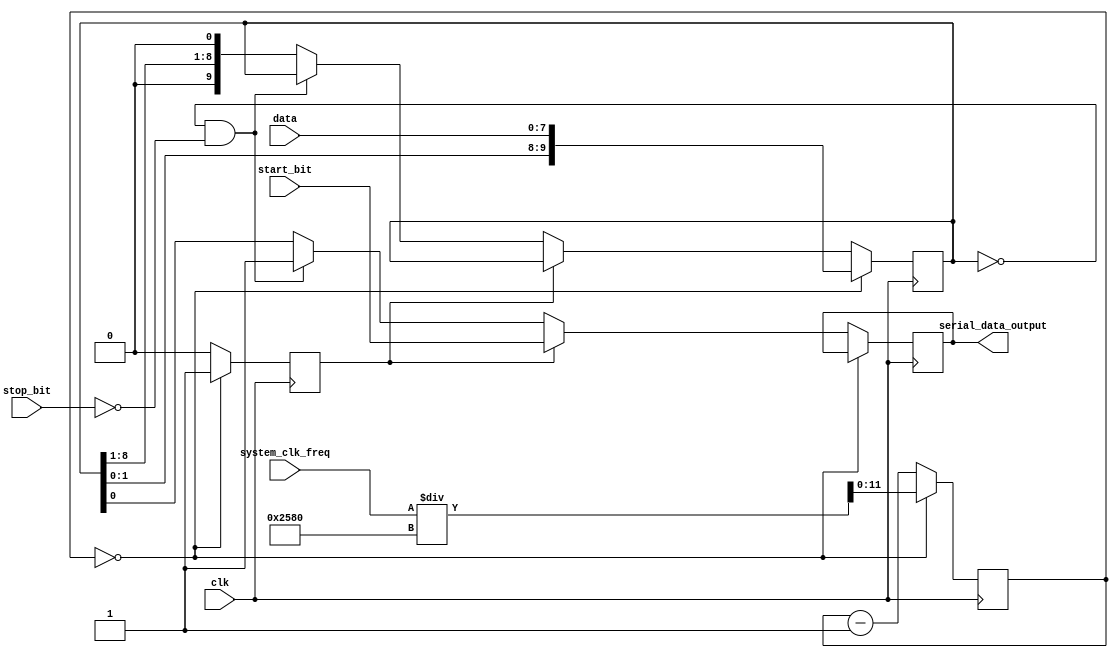
module uart_transmitter(
input clk,
input system_clk_freq,
input start_bit,
input [7:0] data,
input stop_bit,
output reg serial_data_output
);

reg [11:0] baud_rate_divider;
reg [9:0] shift_register;
reg start_bit_generated;

always @ (posedge clk) begin
    if (baud_rate_divider == 0) begin
        baud_rate_divider <= system_clk_freq / 9600; // assuming baud rate of 9600
        shift_register <= {shift_register[7:0], data};
        start_bit_generated <= 1;
    end
    else begin
        baud_rate_divider <= baud_rate_divider - 1;
        if (start_bit_generated) begin
            serial_data_output <= start_bit;
            start_bit_generated <= 0;
        end
        else if (shift_register == 0 && !stop_bit) begin
            serial_data_output <= 1; // stop bit
        end
        else begin
            serial_data_output <= shift_register[0];
            shift_register <= {shift_register[8:1], 1'b0};
        end
    end
end

endmodule